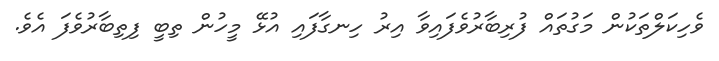
ވެހިކަލްތަކުން މަގުތައް ފުރިބާރުވެފައިވާ އިރު ހިނގާފައި އުޅޭ މީހުން ތިބީ ފިތިބާރުވެފަ އެވެ.